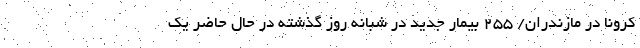
کرونا در مازندران/ ۲۵۵ بیمار جدید در شبانه روز گذشته در حال حاضر یک